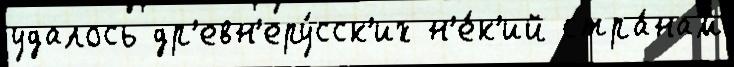
удалось др'евн'еру́сск'их н'е́к'ий стра́нам